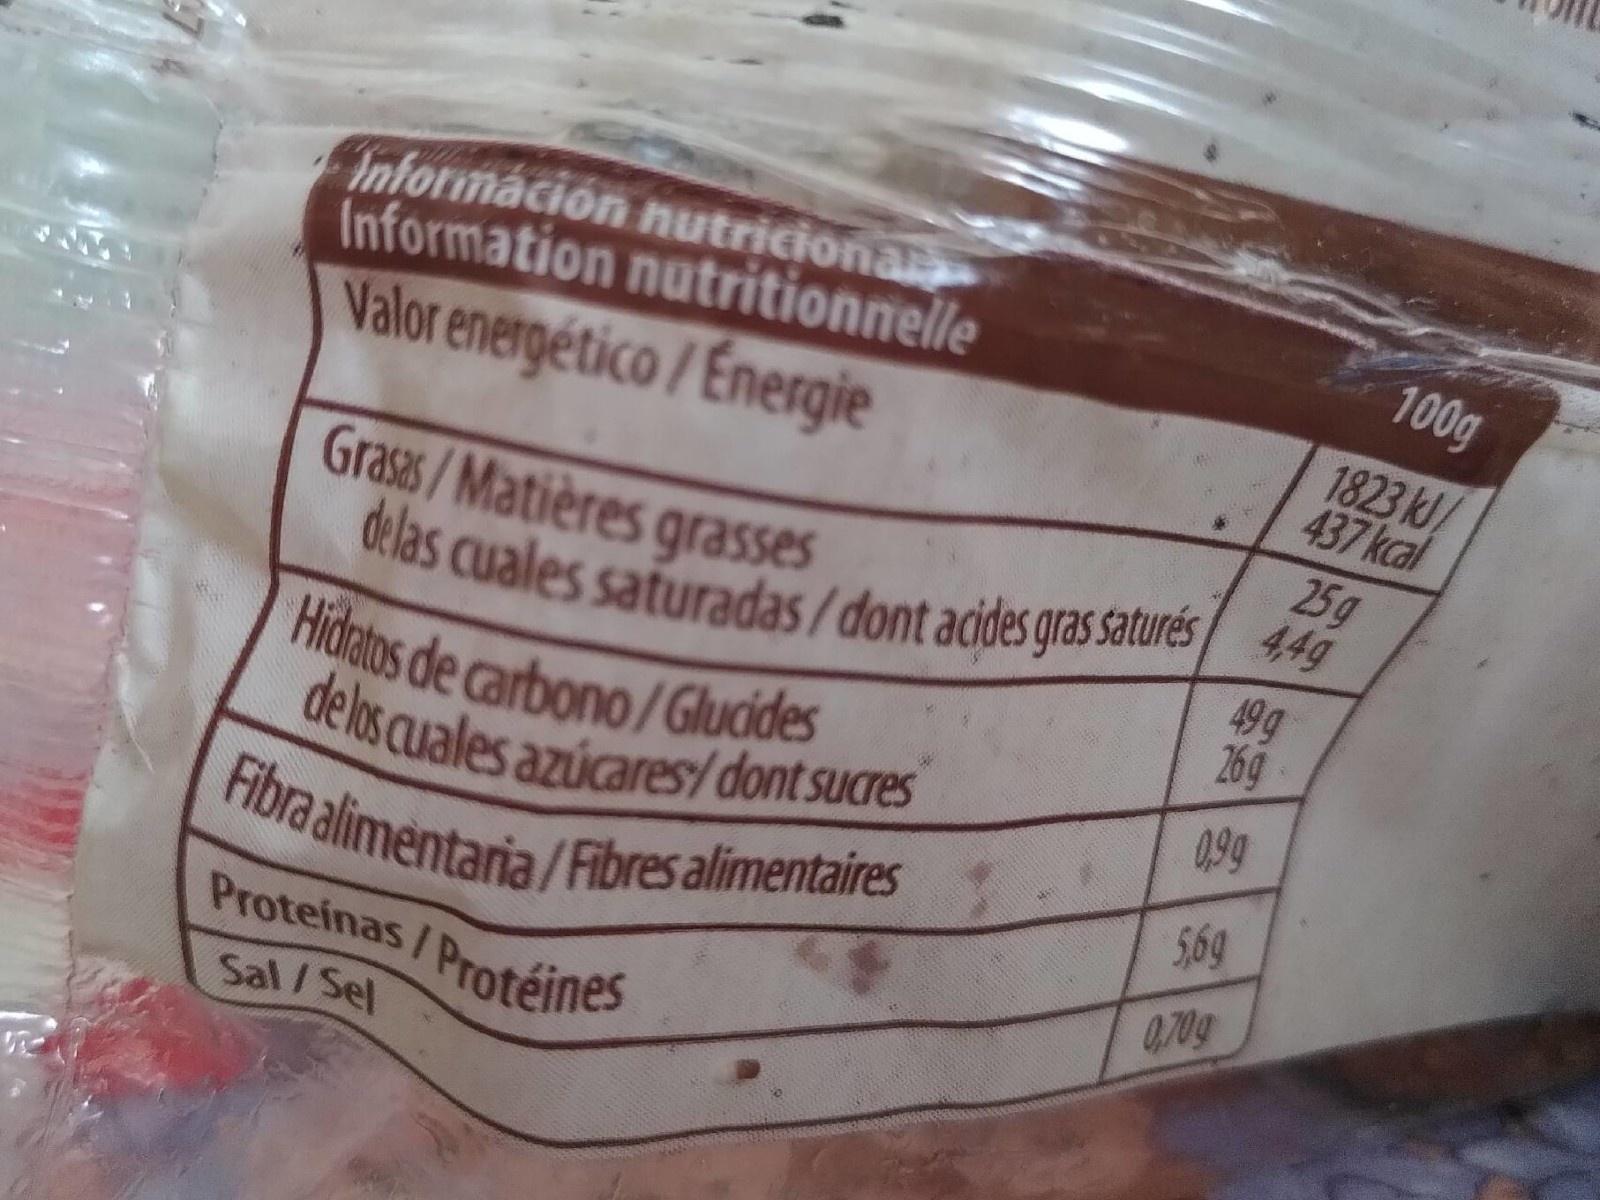
Információn nutriciona Information nutritionnelle Valor energético/Energie
100g
1823 kJ/ 437 kcal 25g
Grasas /Matières grasses delas cuales saturadas/dont acides gras saturés 44g Hidatos de carbono/Glucides delos cuales azúcares/ dont sucres Fibra alimentaria/Fibres alimentaires Proteinas/Protéines
49g 26g
0,99
5,69
0,70g
Sal/Sel